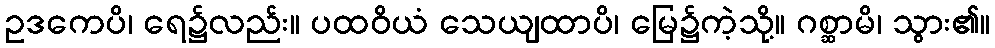
ဥဒကေပိ၊ ရေ၌လည်း။ ပထဝိယံ သေယျထာပိ၊ မြေ၌ကဲ့သို့။ ဂစ္ဆာမိ၊ သွား၏။